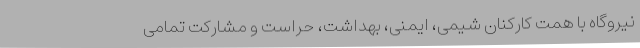
نیروگاه با همت کارکنان شیمی، ایمنی، بهداشت، حراست و مشارکت تمامی